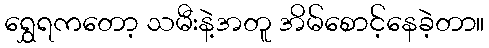
ရွှေရကတော့ သမီးနဲ့အတူ အိမ်စောင့်နေခဲ့တာ။